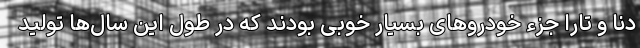
دنا و تارا جزء خودروهای بسیار خوبی بودند که در طول این سال‌ها تولید